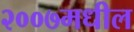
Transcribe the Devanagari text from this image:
२००७मधील